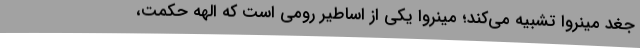
جغد مینروا تشبیه می‌کند؛ مینروا یکی از اساطیر رومی است که الهه حکمت،